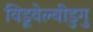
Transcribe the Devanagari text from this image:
विडूवेल्वीडुगु